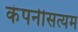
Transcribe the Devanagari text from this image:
कंपनीसत्यम